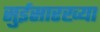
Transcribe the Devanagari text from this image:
सुईसारख्या